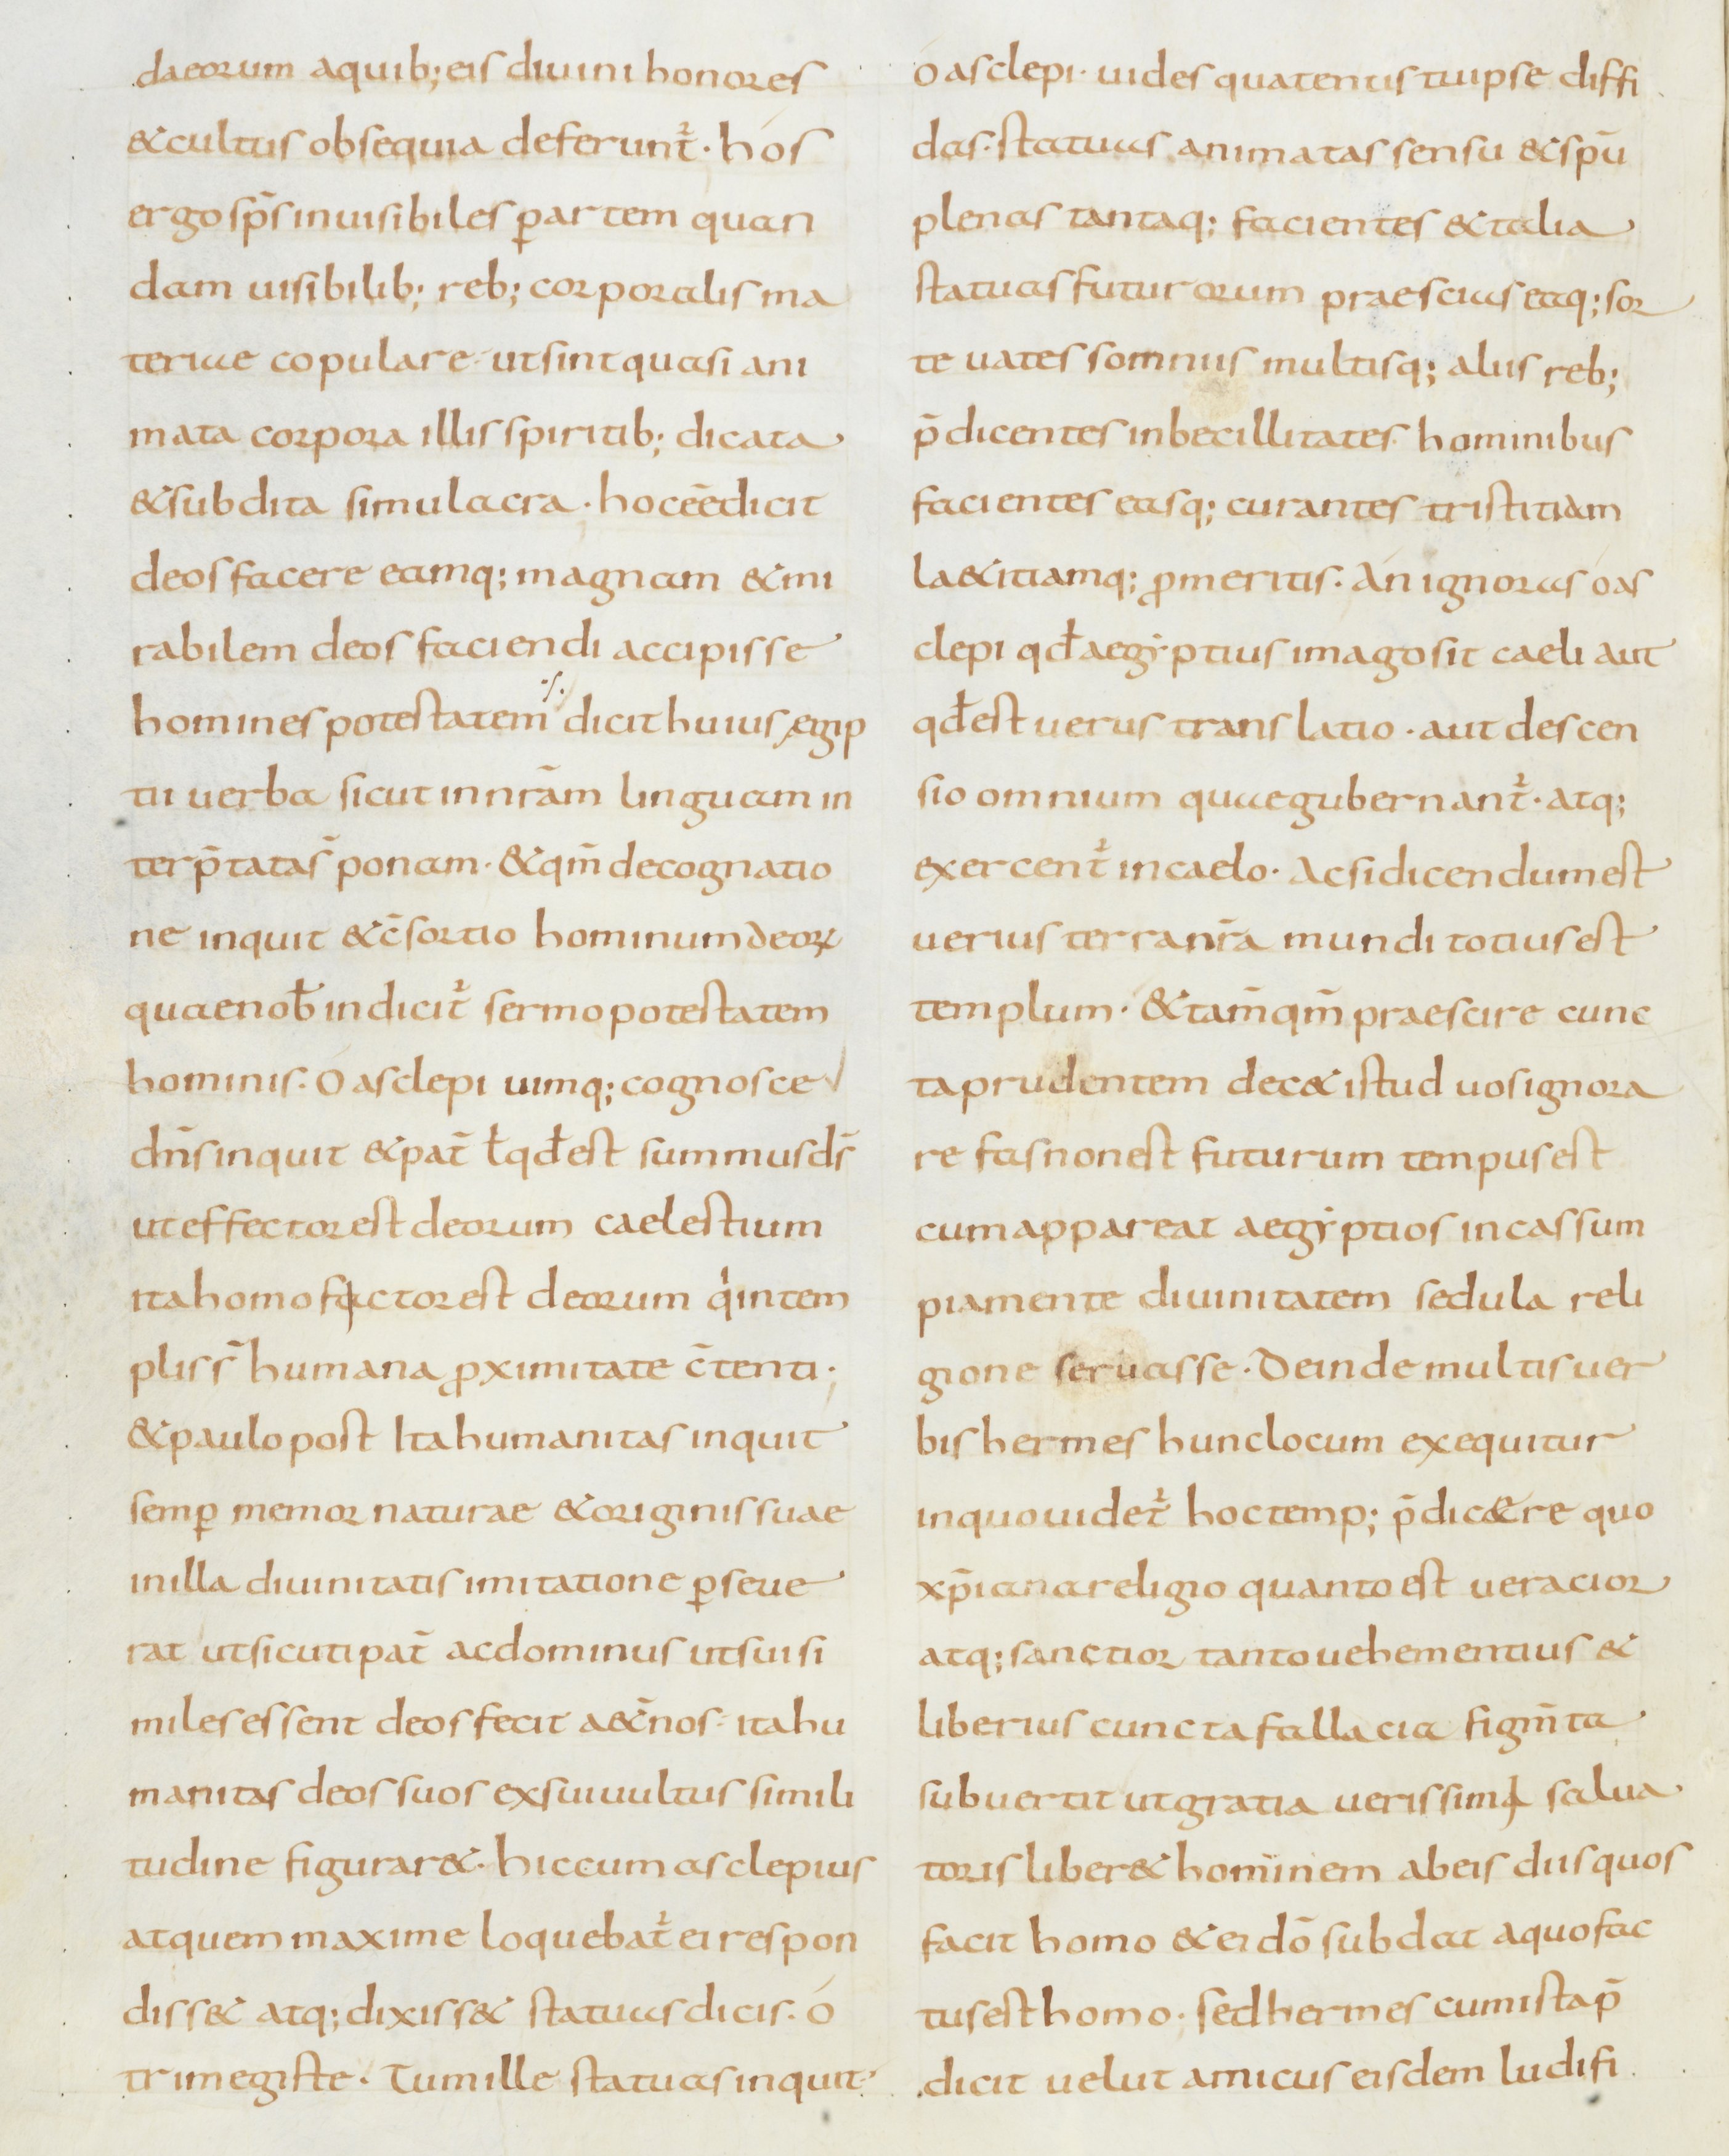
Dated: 800–899